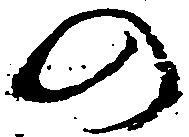
の